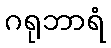
ဂရုဘာရံ